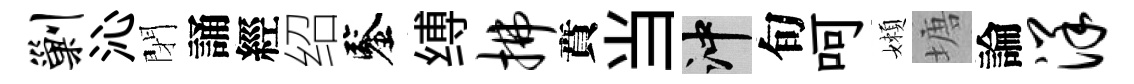
剿沁閉誦經绍鑒缚拂賁当冲旬呵嬾塘論洋